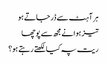
ہر آہٹ سے ڈر جاتے ہو
تیز ہوا نے مجھ سے پوچھا
ریت پہ کیا لکھتے رہتے ہو؟